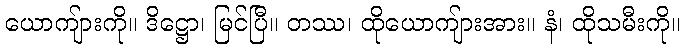
ယောကျ်ားကို။ ဒိဋ္ဌော၊ မြင်ပြီ။ တဿ၊ ထိုယောကျ်ားအား။ နံ၊ ထိုသမီးကို။